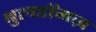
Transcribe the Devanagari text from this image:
बुलडॉगज़